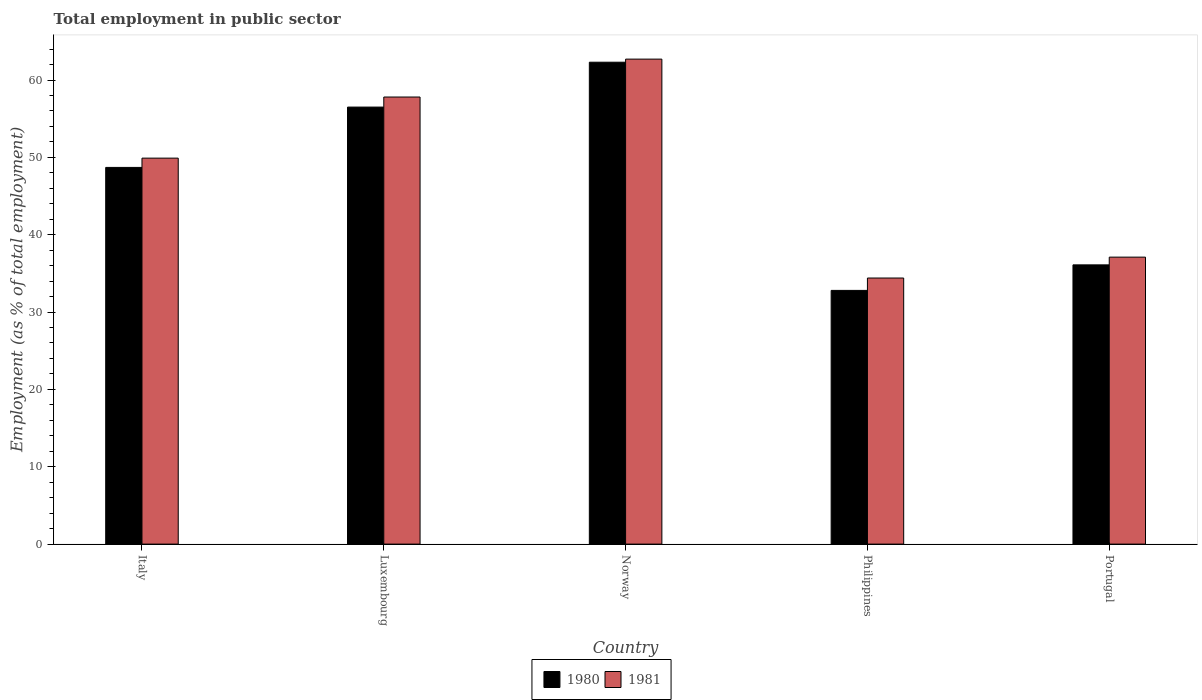
| Country | 1980 | 1981 |
 | --- | --- | --- |
 | Italy | 48.7 | 49.9 |
 | Luxembourg | 56.5 | 57.8 |
 | Norway | 62.3 | 62.7 |
 | Philippines | 32.8 | 34.4 |
 | Portugal | 36.1 | 37.1 |